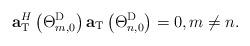
LaTeX: \begin{align*} {\bf{a}}_{\rm{T}}^H\left( {\Theta _{{m},0}^{\rm{D}}} \right){{\bf{a}}_{\rm{T}}}\left( {\Theta _{{n},0}^{\rm{D}}} \right) = 0,m\ne n.\end{align*}